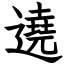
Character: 遶